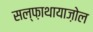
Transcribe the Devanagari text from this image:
सल्फ़ाथायाज़ोल